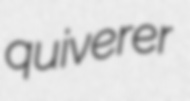
quiverer